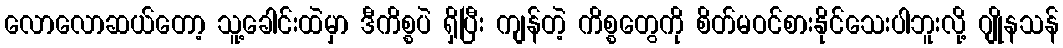
လောလောဆယ်တော့ သူ့ခေါင်းထဲမှာ ဒီကိစ္စပဲ ရှိပြီး ကျန်တဲ့ ကိစ္စတွေကို စိတ်မဝင်စားနိုင်သေးပါဘူးလို့ ဂျိုနသန်